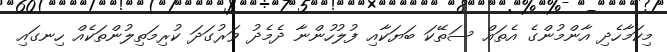
މިކަމާހެދި އާންމުންގެ އެތައް ސަތޭކަ ބަޔަކާއި ފުލުހުންނާ ދެމެދު ވަރުގަދަ ކުރިމަތިލުންތަކެއް ހިނގައި